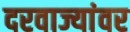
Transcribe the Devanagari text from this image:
दरवाज्यांवर